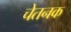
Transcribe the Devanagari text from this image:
चेतनक